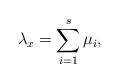
LaTeX: \begin{align*}\lambda_{x}=\sum_{i=1}^{s}\mu_{i}, \end{align*}